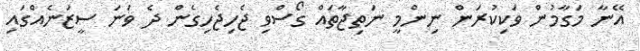
އޭނާ މަގާމުން ވަކިކުރަން ނިންމީ ނަތިޖާތައް ގޯސްވި ޖެހިޖެހިގެން ދެ ވަނަ ސީޒަނެއްގައި